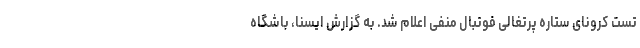
تست کرونای ستاره پرتغالی فوتبال منفی اعلام شد. به گزارش ایسنا، باشگاه